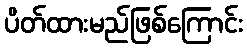
ပိတ်ထားမည်ဖြစ်ကြောင်း